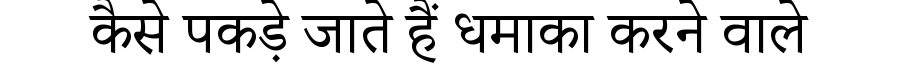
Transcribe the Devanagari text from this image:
कैसे पकड़े जाते हैं धमाका करने वाले